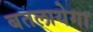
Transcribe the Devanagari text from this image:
बतलायेगा